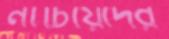
নাচিয়েদের